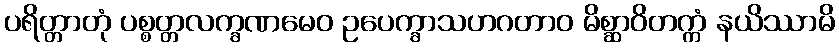
ပရိတ္တာတုံ ပစ္စတ္တလက္ခဏမေဝ ဥပေက္ခာသဟဂတာဝ မိစ္ဆာဝိတက္ကံ နယိဿာမိ